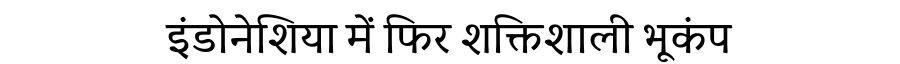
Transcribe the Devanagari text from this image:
इंडोनेशिया में फिर शक्तिशाली भूकंप